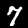
Digit: 7